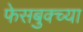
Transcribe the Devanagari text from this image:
फेसबुक्च्या